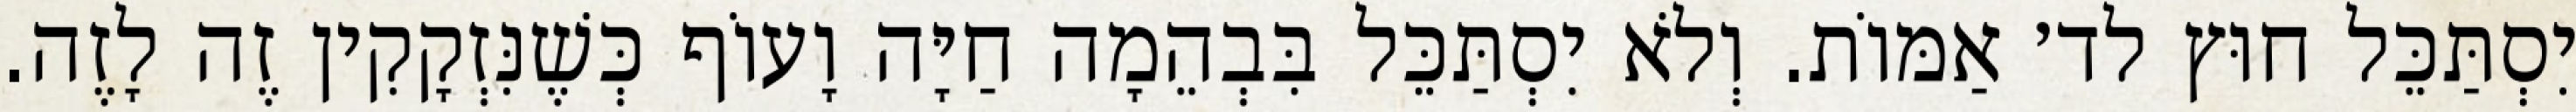
יִסְתַּכֵּל חוּץ לד׳ אַמּוֹת. וְלֹא יִסְתַּכֵּל בִּבְהֵמָה חַיָּה וָעוֹף כְּשֶׁנִּזְקָקִין זֶה לָזֶה.